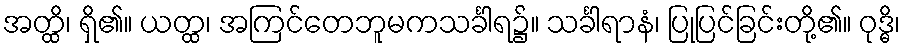
အတ္ထိ၊ ရှိ၏။ ယတ္ထ၊ အကြင်တေဘူမကသင်္ခါရ၌။ သင်္ခါရာနံ၊ ပြုပြင်ခြင်းတို့၏။ ဝုဒ္ဓိ၊